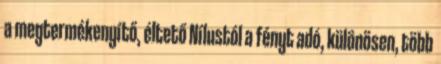
a megtermékenyítő, éltető Nílustól a fényt adó, különösen, több